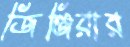
জিঞ্জিরার